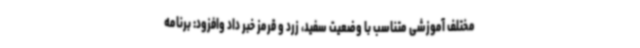
مختلف آموزشی متناسب با وضعیت سفید، زرد و قرمز خبر داد وافزود: برنامه